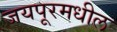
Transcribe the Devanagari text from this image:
जयपूरमधील